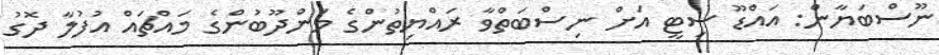
ނޫސްބަޔާން: އައްޑޫ ސިޓީ އަށް ނިސްބަތްވާ ރައްޔިތުންގެ މަންދޫބުންގެ މައްޗައް އުފުލާ ދޮގު